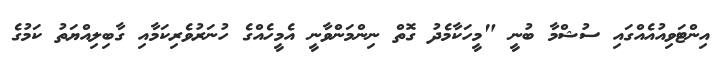
އިންޓަވިއުއެއްގައި ސުޝްމާ ބުނީ "މީހަކާމެދު ގޮތް ނިންމަންވާނީ އެމީހެއްގެ ހުނަރުވެރިކަމާއި ގާބިލިއްޔަތު ކަމުގެ